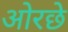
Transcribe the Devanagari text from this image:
ओरछे